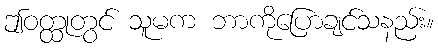
ဤဝတ္ထုတွင် သူမက ဘာကိုပြောချင်သနည်း။